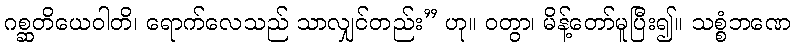
ဂစ္ဆတိယေဝါတိ၊ ရောက်လေသည် သာလျှင်တည်း” ဟု။ ဝတွာ၊ မိန့်တော်မူပြီး၍။ သစ္စံဘဏေ